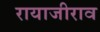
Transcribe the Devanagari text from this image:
रायाजीराव